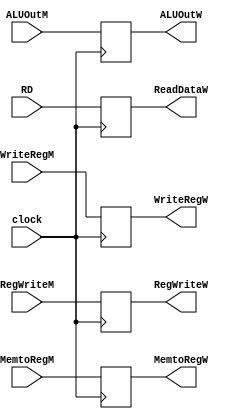
module MEM_WB(
    input wire clock,

    input wire RegWriteM,
    input wire MemtoRegM,
    input wire [31:0] ALUOutM,
    input wire [31:0] RD,
    input wire [4:0] WriteRegM,

    output reg RegWriteW,
    output reg MemtoRegW,
    output reg [31:0] ALUOutW,
    output reg [31:0] ReadDataW,
    output reg [4:0] WriteRegW
);


    always @(posedge clock)
        begin
            RegWriteW <= RegWriteM;
            MemtoRegW <= MemtoRegM;
            ALUOutW <= ALUOutM;
            ReadDataW <= RD;
            WriteRegW <= WriteRegM;
        end


endmodule